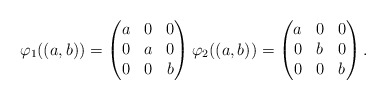
\begin{align*}\varphi_1((a,b))=\begin{pmatrix}a & 0 & 0\\0 & a & 0\\0&0&b\end{pmatrix}\varphi_2((a,b))=\begin{pmatrix}a & 0 & 0\\0 & b & 0\\0&0&b\end{pmatrix}.\end{align*}